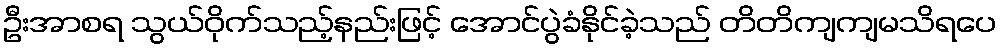
ဦးအာစရ သွယ်ဝိုက်သည့်နည်းဖြင့် အောင်ပွဲခံနိုင်ခဲ့သည် တိတိကျကျမသိရပေ